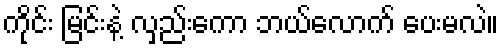
ကိုင်း မြင်းနဲ့ လှည်းကော ဘယ်လောက် ပေးမလဲ။